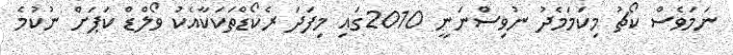
ނަމަވެސް ކޯޗު މިކަމަމެދު ނުވިސްނަނީ 2010ގައި މިފަދަ ރެކޯޑްތަކަކާއެކު ވޯލްޑް ކަޕަށް ނުކުމެ